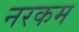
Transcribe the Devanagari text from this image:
नरकम